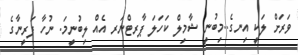
ވަރަށް ލަކީ އިނގެ..މިބުނީ ޝާމިލް ކަހަލަ ޕާރޓްނަރ އެއް ލިބުނީމަ. ނުހާ ފަރީނާގެ